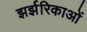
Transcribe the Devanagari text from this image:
झर्झरिकाओं